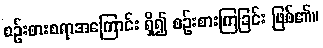
စဉ်းစားစရာအကြောင်း ရှိ၍ စဉ်းစားကြခြင်း ဖြစ်၏။